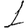
Digit: 1